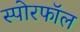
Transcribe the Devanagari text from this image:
स्पोरफॉल